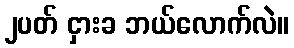
၂ပတ် ငှားခ ဘယ်လောက်လဲ။